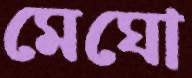
মেঘো